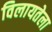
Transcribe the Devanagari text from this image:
विलायतेला